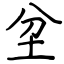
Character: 坌